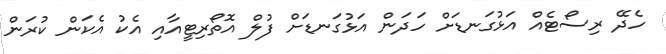
ހެދޭ ރިސޯޓެއް އަޅުގަނޑަށް ހަދަން އަޅުގަނޑަށް ފުލް އޮތޯރިޓީއާއި އެކު އެކަން ކުރަން